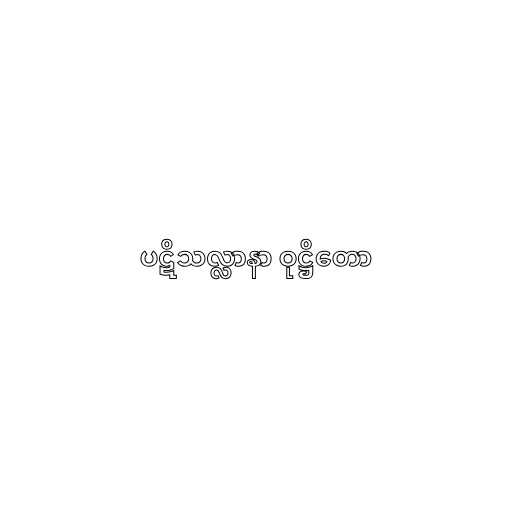
ပဋိသလ္လာနာ ဝုဋ္ဌိတော